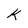
Character: k